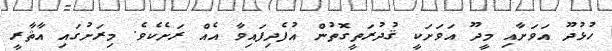
ހުޅުދޫ އަވަށާއި މީދޫ އަވަށަކީ ޤުދުރަތީގޮތުން އުފެދިފައިވާ އެއް ރަށެކެވެ. މިރަށުގައި އާޘާރީ